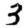
Digit: 3